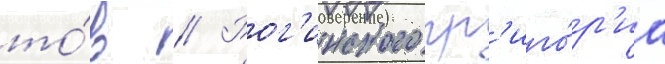
то́в // Рог'инского гр'иго́р'иа